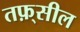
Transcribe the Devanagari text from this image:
तफ़्सील